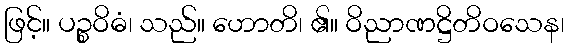
ဖြင့်။ ပဉ္စဝိဓံ၊ သည်။ ဟောတိ၊ ၏။ ဝိညာဏဋ္ဌိတိဝသေန၊